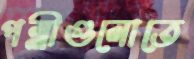
পল্লীগুলোতে